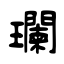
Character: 瓓